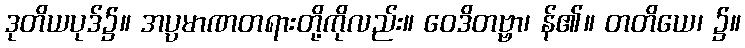
ဒုတိယပုဒ်၌။ အပ္ပမာဏတရားတို့ကိုလည်း။ ဝေဒိတဗ္ဗာ၊ န်၏။ တတိယေ၊ ၌။